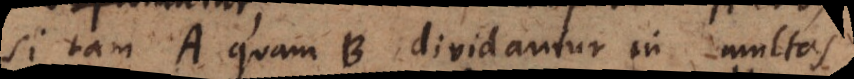
si tam A quam B dividantur in multas